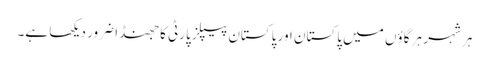
ہر شہر ہر گاؤں میں پاکستان اور پاکستان پیپلز پارٹی کا جھنڈا ضرور دیکھا ہے۔